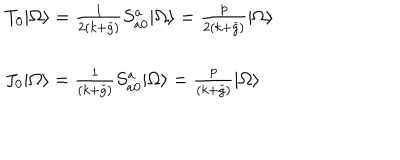
\begin{array} { l } { { T _ { 0 } | \Omega \rangle = \frac { 1 } { 2 ( k + \check { g } ) } S _ { a 0 } ^ { a } | \Omega \rangle = \frac { p } { 2 ( k + \check { g } ) } | \Omega \rangle } } \\ { { \ } } \\ { { J _ { 0 } | \Omega \rangle = \frac { 1 } { ( k + \check { g } ) } S _ { a 0 } ^ { a } | \Omega \rangle = \frac { p } { ( k + \check { g } ) } | \Omega \rangle } } \\ \end{array}